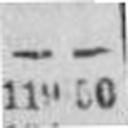
119 50